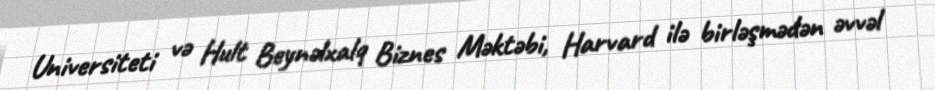
Universiteti və Hult Beynəlxalq Biznes Məktəbi, Harvard ilə birləşmədən əvvəl